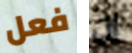
فعل إن